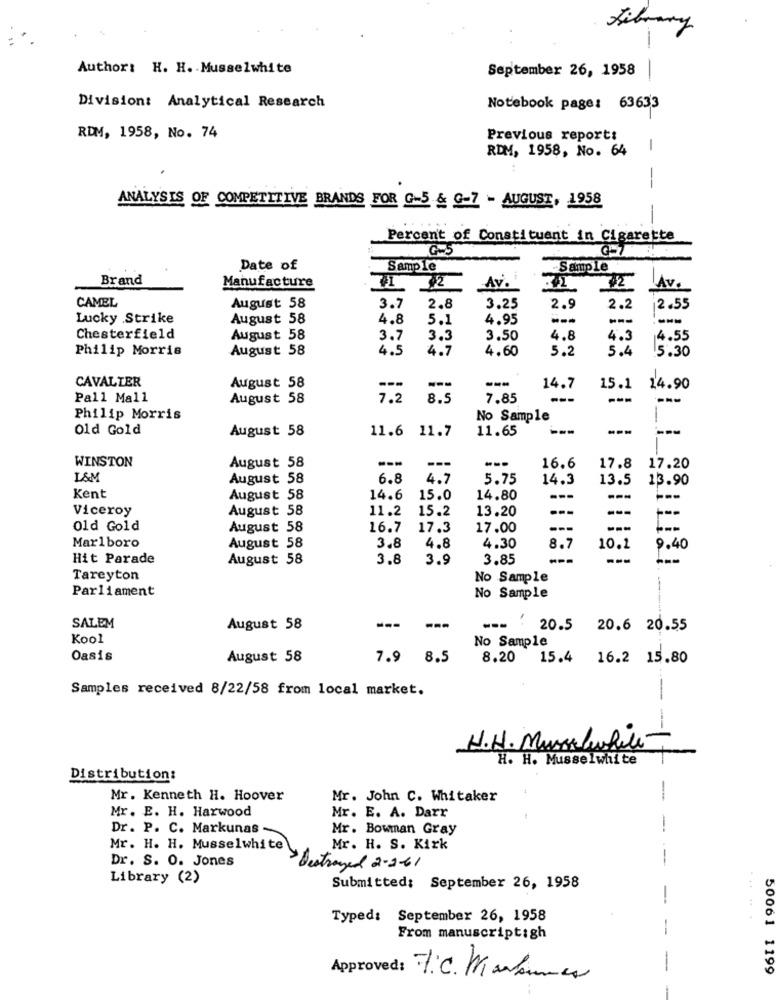
Library
-
Author: H. H. Musselwhite
September 26, 1958
Division: Analytical Research
Notebook page: 63633
RDM, 1958, No. 74
Previous report:
RDM, 1958, No. 64
-
-
ANALYSIS OF COMPETITIVE BRANDS FOR G-5 & G-7 - AUGUST, 1958
-
Percent of Constituent in Cigarette
G=5
Date of
Sample
-Sample
Brand
Manufacture
Av.
VL
22
Av .
CAMEL
August 58
3.7
2.8
3.25
2.9
2.2
2.55
Lucky Strike
August 58
4.8
5.1
4.95
---
---
Chesterfield
August 58
3.7
3.3
3.50
4.8
4.3
4.55
Philip Morris
August 58
4.5
4.
4.60
5.2
5.4
5.30
CAVALIER
---
August 58
---
14.7
15.1
14.90
Pall Mall
August 58
7.2
8.9
7.85
---
---
Philip Morris
No Sample
1
Old Gold
August 58
11.65
---
---
---
11.6 11.7
WINSTON
August 58
---
---
---
16.6
17.8
17.20
L&M
August 58
6.8
4.7
5.75
14.3
13.5
13.90
Kent
August 58
14.6
15.0
14.80
---
Viceroy
August 58
11.2
15.2
13.20
---
Old Gold
August 58
16.7
17.3
17.00
---
Marlboro
August 58
3.8
4.8
4.30
8.1
10.1
9.40
Hit Parade
August 58
3.8
3.9
3.85
---
---
Tareyton
No Sample
Parliament
No Sample
SALEM
August 58
---
---
20.5 20.6 20.55
Kool
No Sample
Oasis
August 58
7.9 8.5
8.20 15.4 16.2 15.80
Samples received 8/22/58 from local market.
-
H.H. Musselwhite
H. H. Musselwhite
Distribution:
Mr. Kenneth H. Hoover
Mr. John C. Whitaker
Mr. E. H. Harwood
Mr. E. A. Darr
Dr. P. C. Markunas
Mr. Bowman Gray
Mr. H. H. Musselwhite
Mr. H. S. Kirk
Dr. S. O. Jones
Destroyed 2-2-61
Library (2)
Submitted: September 26, 1958
-
Typed: September 26, 1958
-
From manuscriptigh
---
50061 1199
Approved: 7:C. Mankommer